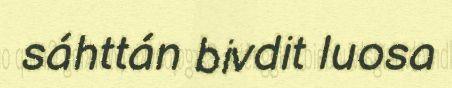
sáhttán bivdit luosa